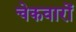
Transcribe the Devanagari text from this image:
चेकवारों